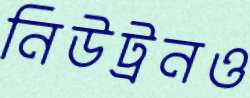
নিউট্রনও